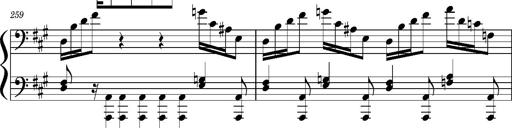
Title: Concerto sans orchestre, S.524a
Composer: Franz Liszt
Key: A major